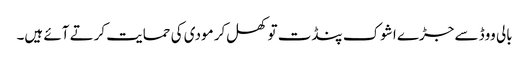
بالی ووڈ سے جڑے اشوک پنڈت تو کھل‌کر مودی کی حمایت کرتے آئے ہیں۔